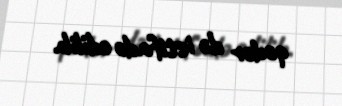
qədər də istifadə edilib.